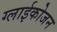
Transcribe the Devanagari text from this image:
ग्लाईकोजन